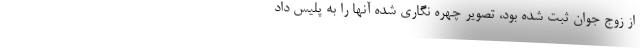
از زوج جوان ثبت شده بود، تصویر چهره نگاری شده آنها را به پلیس داد